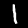
Label: 1